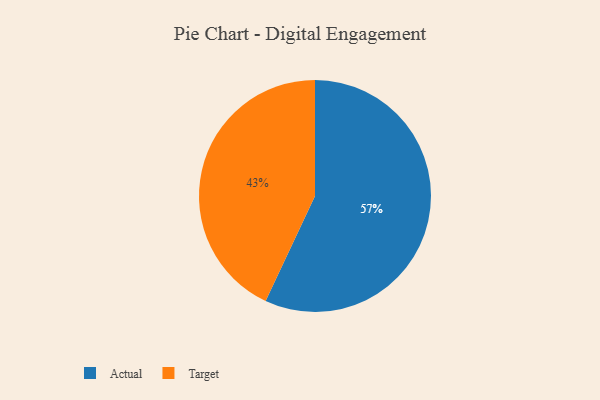
{"axis": {"x": "Category", "y": "Percentage"}, "legend": ["Actual", "Target"], "data": [{"x": "Actual", "y": 57, "type": "Actual"}, {"x": "Target", "y": 43, "type": "Target"}]}